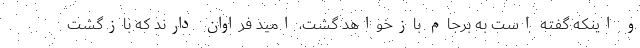
و اینکه گفته است به برجام بازخواهد گشت، امید فراوان دارند که بازگشت